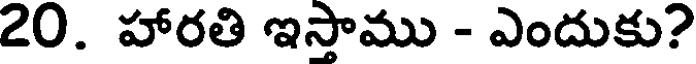
20. హారతి ఇస్తాము - ఎందుకు?